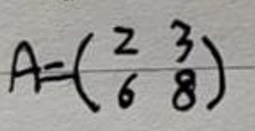
\[
A = \begin{pmatrix}
2 & 3 \\
6 & 8
\end{pmatrix}
\]